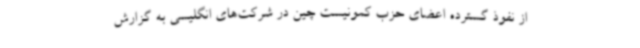
از نفوذ گسترده اعضای حزب کمونیست چین در شرکت‌های انگلیسی به گزارش